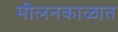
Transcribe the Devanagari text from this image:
मीलनकाळात